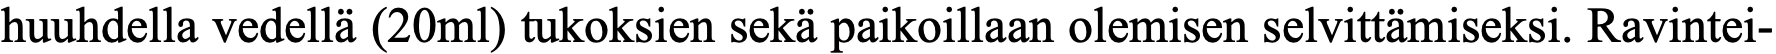
huuhdella vedellä (20ml) tukoksien sekä paikoillaan olemisen selvittämiseksi. Ravintei-